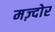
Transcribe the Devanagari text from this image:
मज़्दोर